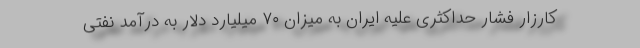
کارزار فشار حداکثری علیه ایران به میزان ۷۰ میلیارد دلار به درآمد نفتی